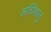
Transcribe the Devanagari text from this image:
अधिधातु